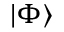
| \Phi \rangle